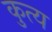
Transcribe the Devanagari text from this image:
कुत्य